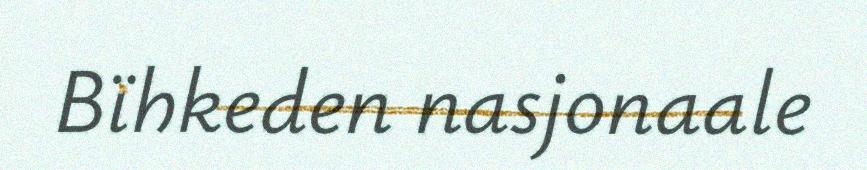
Bïhkeden nasjonaale